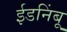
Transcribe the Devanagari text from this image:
ईडनिंबू